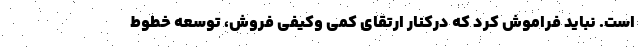
است. نباید فراموش کرد که درکنار ارتقای کمی وکیفی فروش، توسعه خطوط